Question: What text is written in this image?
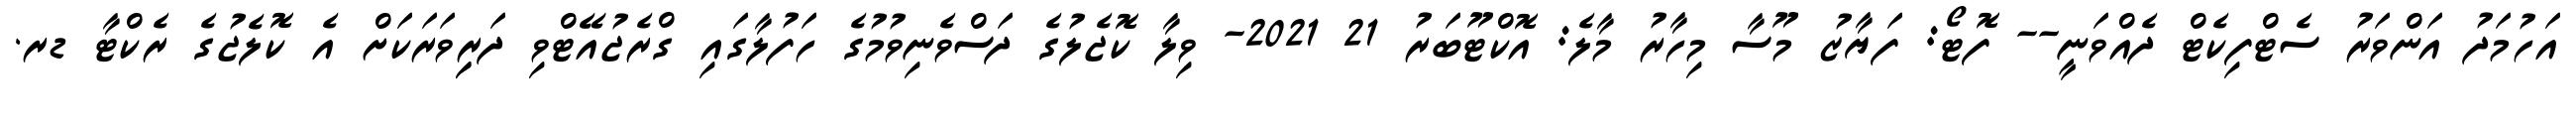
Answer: އަހުމަދު އަންވަރު ސެޓްފިކެޓް ދެއްވަނީ-- ފޮޓޯ: ފަޔާޒު މޫސާ މިހާރު މާލެ: އޮކްޓޫބަރު 21 2021- ވިލާ ކޮޖެލުގެ ދަސްވެނިވުމުގެ ހަފުލާގައި ގްރެޖުއޭޓްވި ދަރިިވަރަކަށް އެ ކޮލެޖުގެ ރެކްޓާ ޑރ.